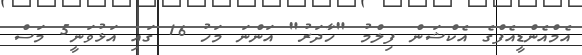
އެމްއެންޑީއެފްގެ އެކްޝަން ފިލްމު "ހާދަރު" އަންނަ މަހު 16 ގައި އަޅުވަނީ5 މަސް